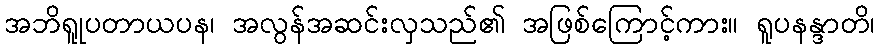
အဘိရူုပတာယပန၊ အလွန်အဆင်းလှသည်၏ အဖြစ်ကြောင့်ကား။ ရူပနန္ဒာတိ၊